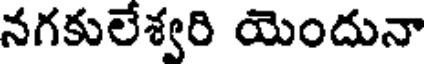
నగకులేశ్వరి యెందునా